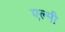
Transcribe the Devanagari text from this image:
एल्मी